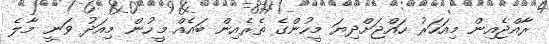
ރާއްޖެއިން މިއަހަރު ހައްޖަށްދިޔަ މީހުންގެ ތެރެއިން ބައެއް މީހުން މިއަދު ވަނީ މާލެ